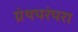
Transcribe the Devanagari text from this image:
ग्रंथपरंपरा